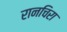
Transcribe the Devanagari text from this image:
रानचिरा